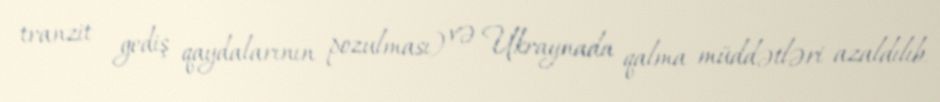
tranzit gediş qaydalarının pozulması) və Ukraynada qalma müddətləri azaldılıb.